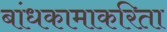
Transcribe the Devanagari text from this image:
बांधकामाकरिता